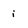
Character: i